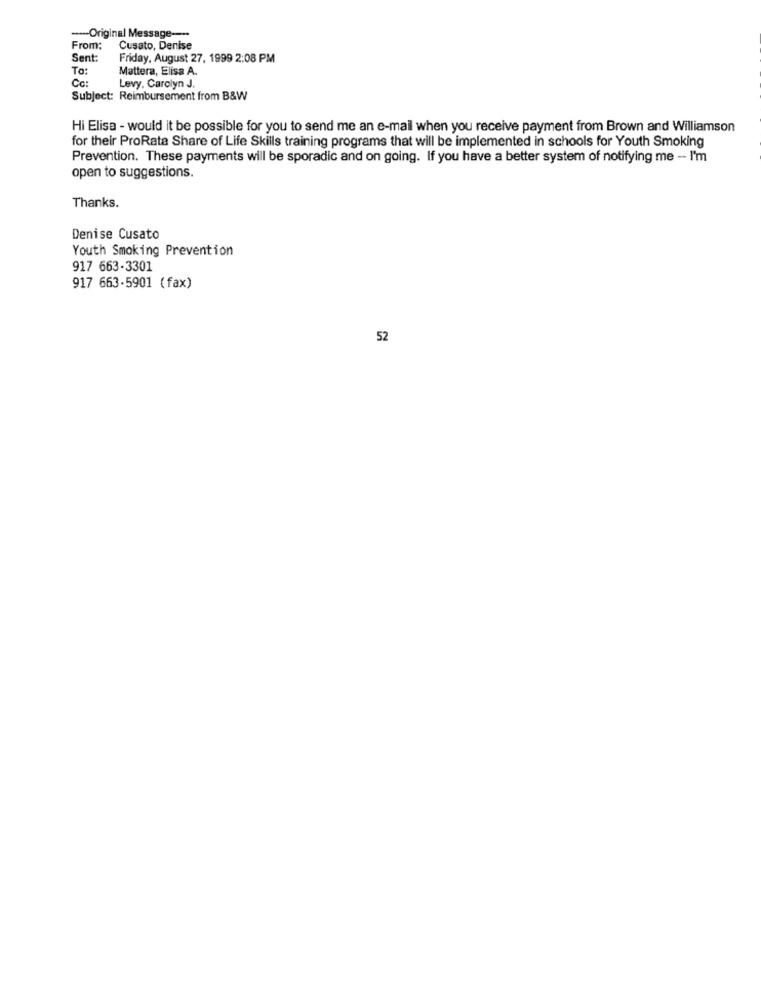
-- Original Message ---
From:
Cusato, Denise
Sent:
Friday, August 27, 1999 2:08 PM
To:
Mattera, Elisa A.
Cc:
Levy, Carolyn J.
Subject: Reimbursement from B&W
Hi Elisa - would it be possible for you to send me an e-mail when you receive payment from Brown and Williamson
for their ProRata Share of Life Skills training programs that will be implemented in schools for Youth Smoking
Prevention. These payments will be sporadic and on going. If you have a better system of notifying me - I'm
open to suggestions.
Thanks.
Denise Cusato
Youth Smoking Prevention
917 663-3301
917 663-5901 (fax)
52